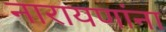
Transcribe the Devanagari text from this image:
नारायणांना